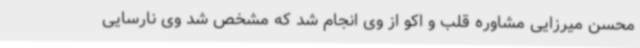
محسن میرزایی مشاوره قلب و اکو از وی انجام شد که مشخص شد وی نارسایی